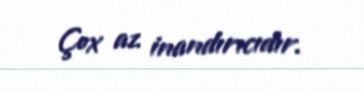
Çox az inandırıcıdır.